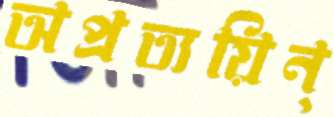
অপ্রত্যয়িন্